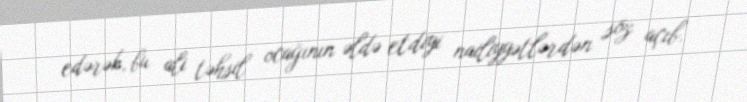
edərək, bu ali təhsil ocağının əldə etdiyi nailiyyətlərdən söz açıb.